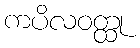
ကပိလဝတ္ထု